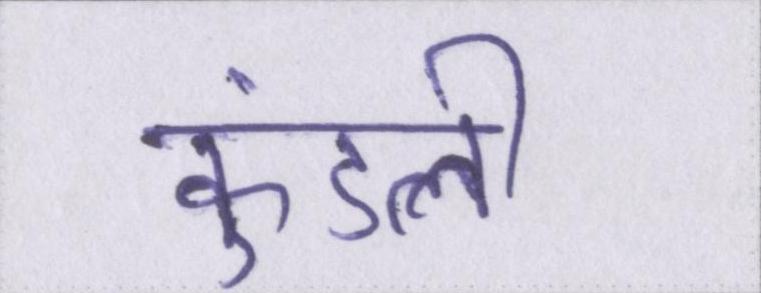
कुंडली